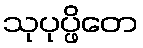
သုပုပ္ဖိတေ